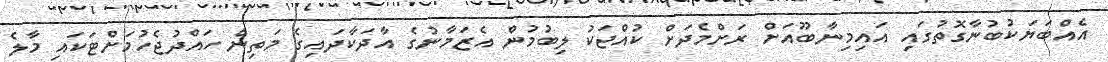
އެއްބަޔަކުބުނާގޮތުގައި އައިމިނާބޫއަށް ރަށްމެދަށް ކުއްޖަކު ލިބުމުން އެޒަމާނުގެ އާދަކާދައިގެ މަތިން ހައްދުޖެހުމަށްޓަކައި މާލެ